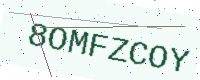
Text: 8OMFZCOY